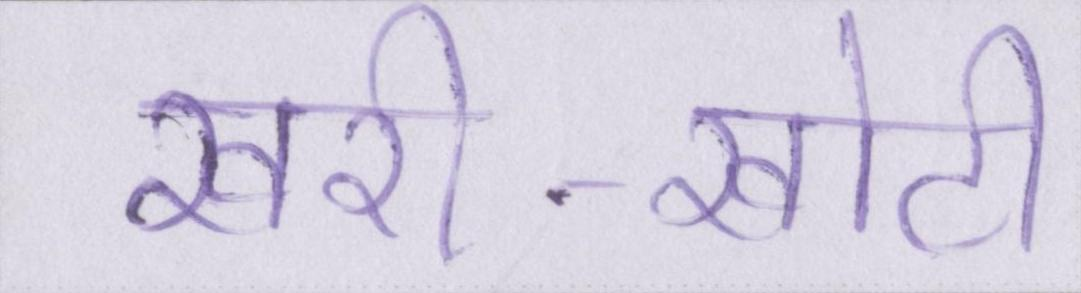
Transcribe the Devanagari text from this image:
खरी-खोटी